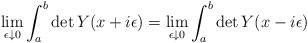
LaTeX: \begin{gather*}\lim_{\epsilon \downarrow0} \int_a^b \det Y(x + i \epsilon) = \lim_{\epsilon \downarrow 0}\int_a^b \det Y(x - i \epsilon)\end{gather*}